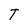
Character: T